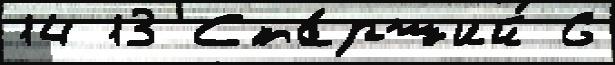
14 13 Ста́рший 6